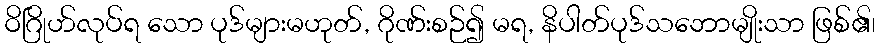
ဝိဂြိုဟ်လုပ်ရ သော ပုဒ်များမဟုတ်, ဂိုဏ်းစဉ်၍ မရ, နိပါတ်ပုဒ်သဘောမျိုးသာ ဖြစ်၏၊